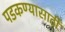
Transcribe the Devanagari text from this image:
पडकण्यासाठी